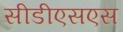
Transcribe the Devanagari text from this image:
सीडीएसएस